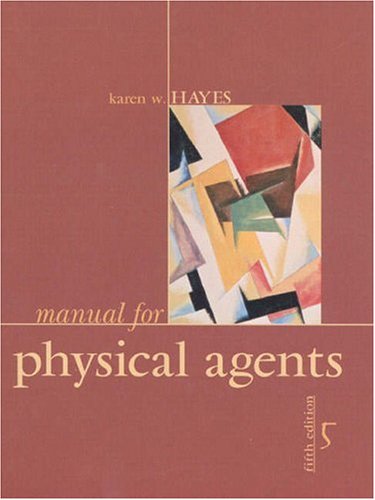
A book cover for Manual for Physical Agents (5th Edition); Karen W. Hayes; Medical Books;